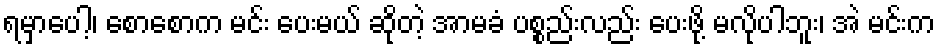
ရမှာပေါ့၊ စောစောက မင်း ပေးမယ် ဆိုတဲ့ အာမခံ ပစ္စည်းလည်း ပေးဖို့ မလိုပါဘူး၊ အဲ မင်းက